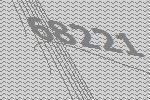
68221